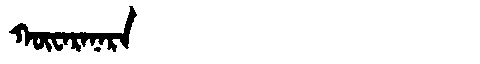
Manchu: ᡴᡡᠸᠠᡵᠠᠨᠠᡵᠠ
Romanization: KŪWARANARA